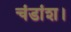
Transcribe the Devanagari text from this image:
चंडांश।